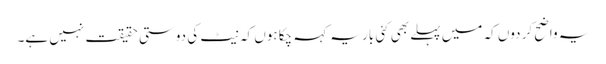
یہ واضح کر دوں کہ میں پہلے بھی کئی بار یہ کہہ چکا ہوں کہ نیٹ کی دوستی حقیقت نہیں ہے۔